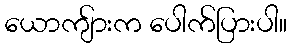
ယောကျ်ားက ပေါက်ပြားပါ။